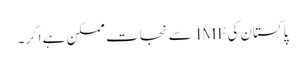
پاکستان کی IMF سے نجات ممکن ہے اگر۔